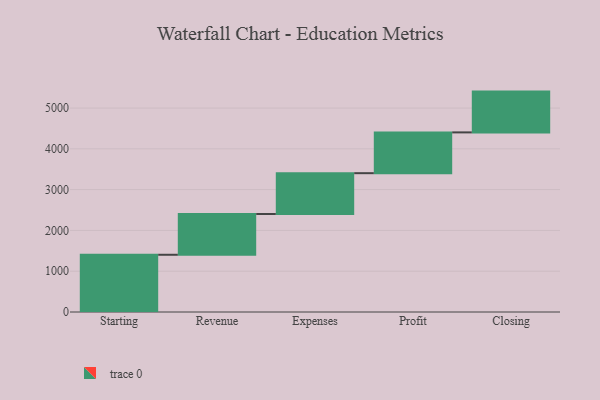
{"axis": {"x": "Step", "y": "Value"}, "legend": [""], "data": [{"x": "Starting", "y": 1403.0, "type": ""}, {"x": "Revenue", "y": 1000, "type": ""}, {"x": "Expenses", "y": 1000, "type": ""}, {"x": "Profit", "y": 1000, "type": ""}, {"x": "Closing", "y": 1000, "type": ""}]}